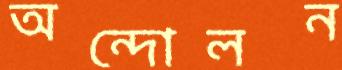
অন্দোলন